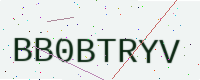
Text: BB0BTRYV